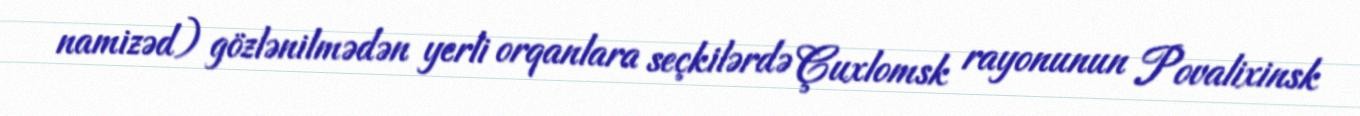
namizəd) gözlənilmədən yerli orqanlara seçkilərdə Çuxlomsk rayonunun Povalixinsk